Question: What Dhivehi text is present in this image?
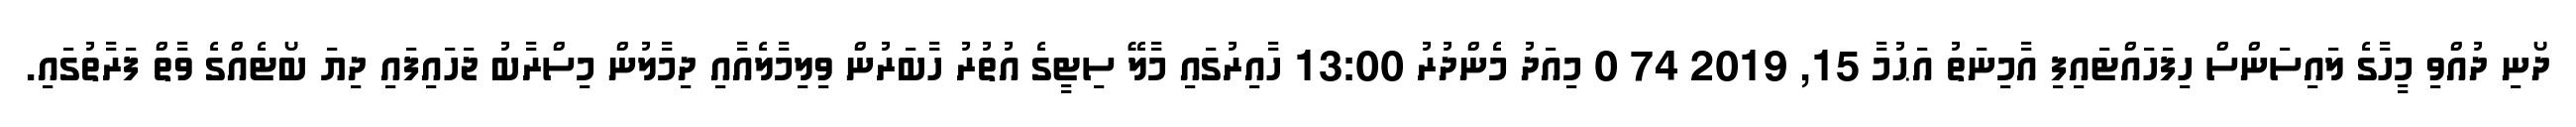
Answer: ދޯނި ދުއްވި މީހާގެ ލައިސަންސް ހިފަހައްޓައިފި އާމިނަތު އަޙުމާ 15, 2019 74 0 މިއަދު މެންދުރު 13:00 ހާއިރުގައި މާލޭ ސިޓީގެ އުތުރު ހާބަރުން ވިލިމާލެއާއި ދިމާލުން މިސްރާބު ޖަހައިފައި ދިޔަ ބޯޓެއްގެ ވާތް ފަރާތުގައި.